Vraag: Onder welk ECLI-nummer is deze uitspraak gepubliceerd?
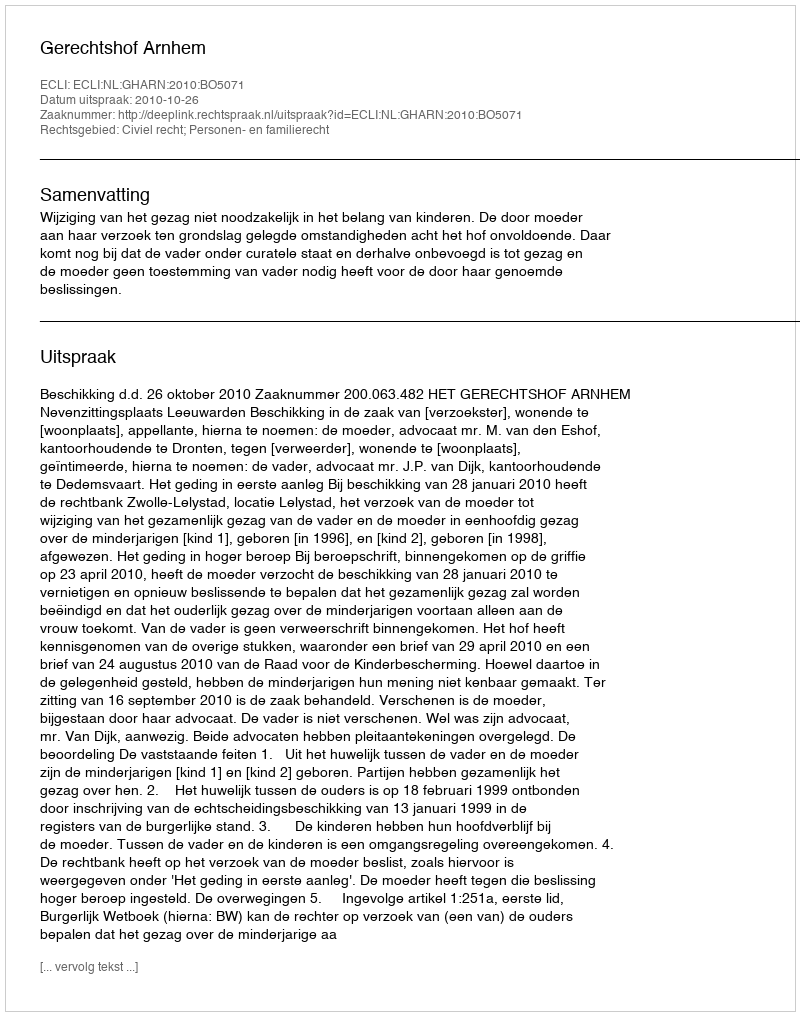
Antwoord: ECLI:NL:GHARN:2010:BO5071